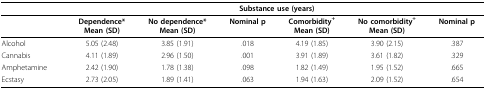
|  | <COLSPAN=6> Substance use (years) |
 | --- | --- | --- | --- | --- | --- | --- |
 |  | Dependence*Mean (SD) | No dependence*Mean (SD) | Nominal p | Comorbidity+Mean (SD) | No comorbidity+Mean (SD) | Nominal p |
 | Alcohol | 5.05 (2.48) | 3.85 (1.91) | .018 | 4.19 (1.85) | 3.90 (2.15) | .387 |
 | Cannabis | 4.11 (1.89) | 2.96 (1.50) | .001 | 3.91 (1.89) | 3.61 (1.82) | .329 |
 | Amphetamine | 2.42 (1.90) | 1.78 (1.38) | .098 | 1.82 (1.49) | 1.95 (1.52) | .665 |
 | Ecstasy | 2.73 (2.05) | 1.89 (1.41) | .063 | 1.94 (1.63) | 2.09 (1.52) | .654 |